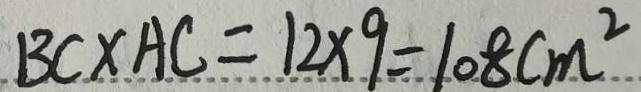
B C \times A C = 1 2 \times 9 = 1 0 8 c m ^ { 2 }